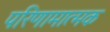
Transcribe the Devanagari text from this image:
परिणामात्‍मक